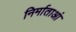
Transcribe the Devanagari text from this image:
निर्माताआं